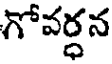
గోవర్ధన